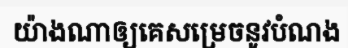
យ៉ាងណាឲ្យគេសម្រេចនូវបំណង